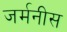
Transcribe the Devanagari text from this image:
जर्मनीस